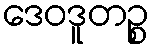
ဒေဝဒူတဉ္စ